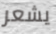
يشعر